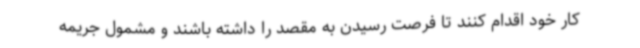
کار خود اقدام کنند تا فرصت رسیدن به مقصد را داشته باشند و مشمول جریمه